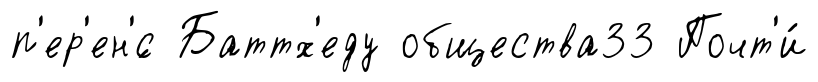
п'ер'ен'́с Баттх'еду общества33 Почт'и́